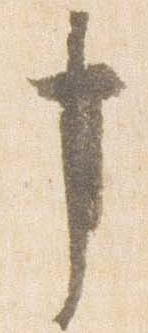
事